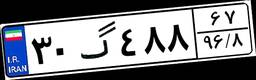
۰۳گ۱۷۵۸۳